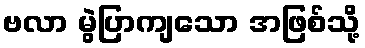
ဗလာ မွဲပြာကျသော အဖြစ်သို့